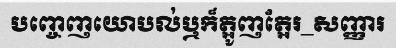
បញ្ចេញយោបល់ឬក៏ត្អូញត្អែរ_សញ្ញារ